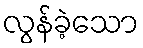
လွန်ခဲ့သော